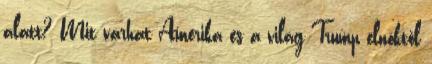
alatt? Mit várhat Amerika és a világ Trump elnöktől